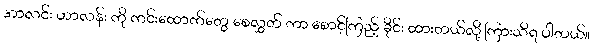
အာလင်း ဟာလန်း ကို ကင်းထောက်တွေ စေလွှတ် ကာ စောင့်ကြည့် ခိုင်း ထားတယ်လို့ ကြားသိရ ပါတယ်။